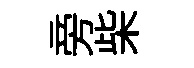
旁柴